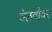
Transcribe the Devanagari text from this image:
बेलवोयर